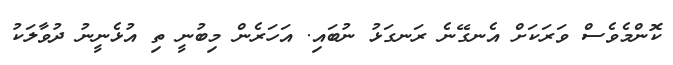
ކޮންމެވެސް ވަރަކަށް އެނގޭނެ ރަނގަޅު ނުބައި. އަހަރެން މިބުނީ ތި އުޅެނީނު ދުވާލަކު